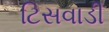
ટિસવાડી